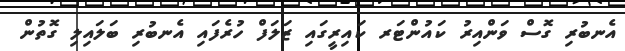
އެނބުރި ގޮސް ވަންއިރު ކައުންޓަރ ކައިރީގައި ޒަލަފް ހުރެފައި އެނބުރި ބަލައިލި ގޮތުން